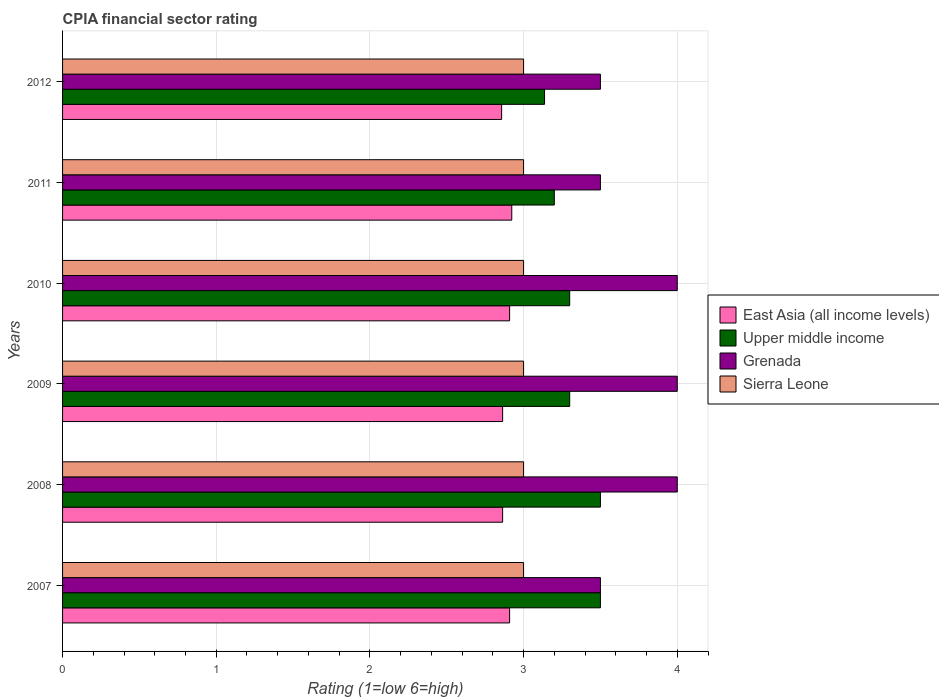
| Years | East Asia (all income levels) | Upper middle income | Grenada | Sierra Leone |
 | --- | --- | --- | --- | --- |
 | 2007 | 2.91 | 3.5 | 3.5 | 3 |
 | 2008 | 2.86 | 3.5 | 4 | 3 |
 | 2009 | 2.86 | 3.3 | 4 | 3 |
 | 2010 | 2.91 | 3.3 | 4 | 3 |
 | 2011 | 2.92 | 3.2 | 3.5 | 3 |
 | 2012 | 2.86 | 3.14 | 3.5 | 3 |